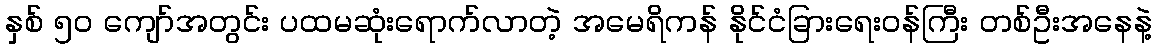
နှစ် ၅၀ ကျော်အတွင်း ပထမဆုံးရောက်လာတဲ့ အမေရိကန် နိုင်ငံခြားရေးဝန်ကြီး တစ်ဦးအနေနဲ့